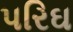
પરિઘ